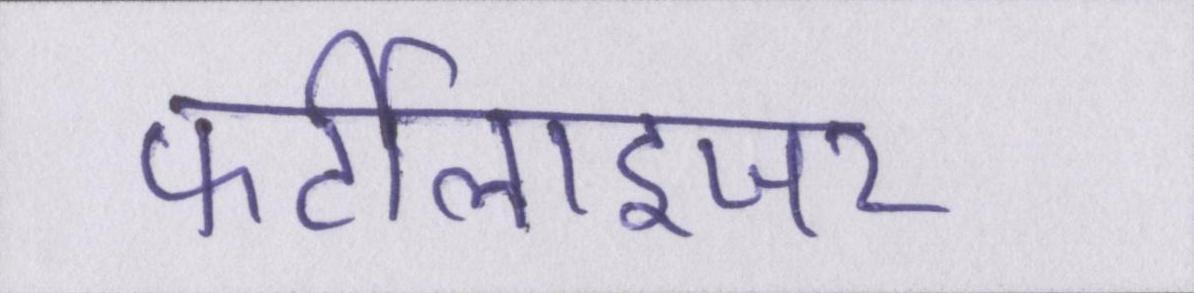
फर्टीलाइजर